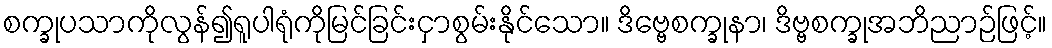
စက္ခုပသာကိုလွန်၍ရူပါရုံကိုမြင်ခြင်းငှာစွမ်းနိုင်သော။ ဒိဗ္ဗေစက္ခုနာ၊ ဒိဗ္ဗစက္ခုအဘိညာဉ်ဖြင့်။